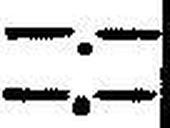
—.—